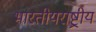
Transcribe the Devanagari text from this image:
भारतीयराष्ट्रीय